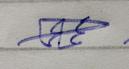
Signature authenticity: genuine